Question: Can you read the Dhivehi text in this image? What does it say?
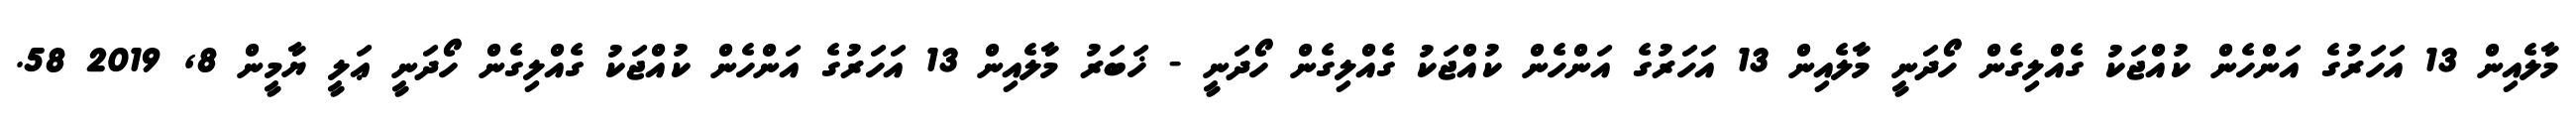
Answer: މާލެއިން 13 އަހަރުގެ އަންހެން ކުއްޖަކު ގެއްލިގެން ހޯދަނީ މާލެއިން 13 އަހަރުގެ އަންހެން ކުއްޖަކު ގެއްލިގެން ހޯދަނީ - ޚަބަރު މާލެއިން 13 އަހަރުގެ އަންހެން ކުއްޖަކު ގެއްލިގެން ހޯދަނީ ޢަލީ ޔާމީން 8, 2019 58.